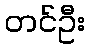
တင်ဦး